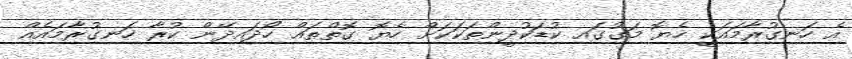
އެ ހަނގުރާމައަކީ ހެޔޮ މަގުގައި ކުޑަކުދީންތަކަކަށް ހެޔޮ ގޮތްތައް ހޯދައިދޭން ކުރާ ހަނގުރާމައެއް